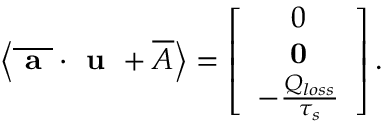
\left\langle \overline { { \textbf { a } } } \cdot \textbf { u } + \overline { { A } } \right\rangle = \left[ \begin{array} { c } { 0 } \\ { \textbf { 0 } } \\ { - \frac { Q _ { l o s s } } { \tau _ { s } } } \end{array} \right] .